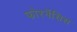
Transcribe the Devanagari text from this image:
फोरनॅसिस